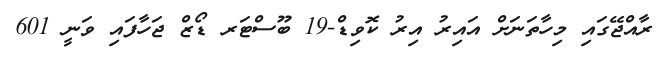
ރާއްޖޭގައި މިހާތަނަށް އައިރު އިރު ކޮވިޑް-19 ބޫސްޓަރ ޑޯޒް ޖަހާފައި ވަނީ 601